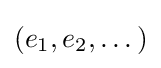
(e_{1},e_{2},\dots )